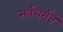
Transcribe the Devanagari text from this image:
सर्वधर्मज्ञ